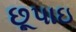
છૂપાઇ